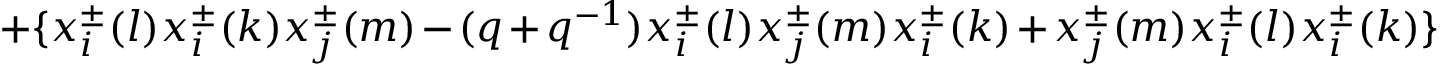
\; + \{ x _ { i } ^ { \pm } ( l ) x _ { i } ^ { \pm } ( k ) x _ { j } ^ { \pm } ( m ) - ( q + q ^ { - 1 } ) x _ { i } ^ { \pm } ( l ) x _ { j } ^ { \pm } ( m ) x _ { i } ^ { \pm } ( k ) + x _ { j } ^ { \pm } ( m ) x _ { i } ^ { \pm } ( l ) x _ { i } ^ { \pm } ( k ) \}